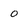
Character: o